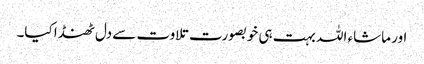
اور ماشاء اللہ بہت ہی خوبصورت تلاوت سے دل ٹھنڈا کیا۔